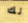
لك